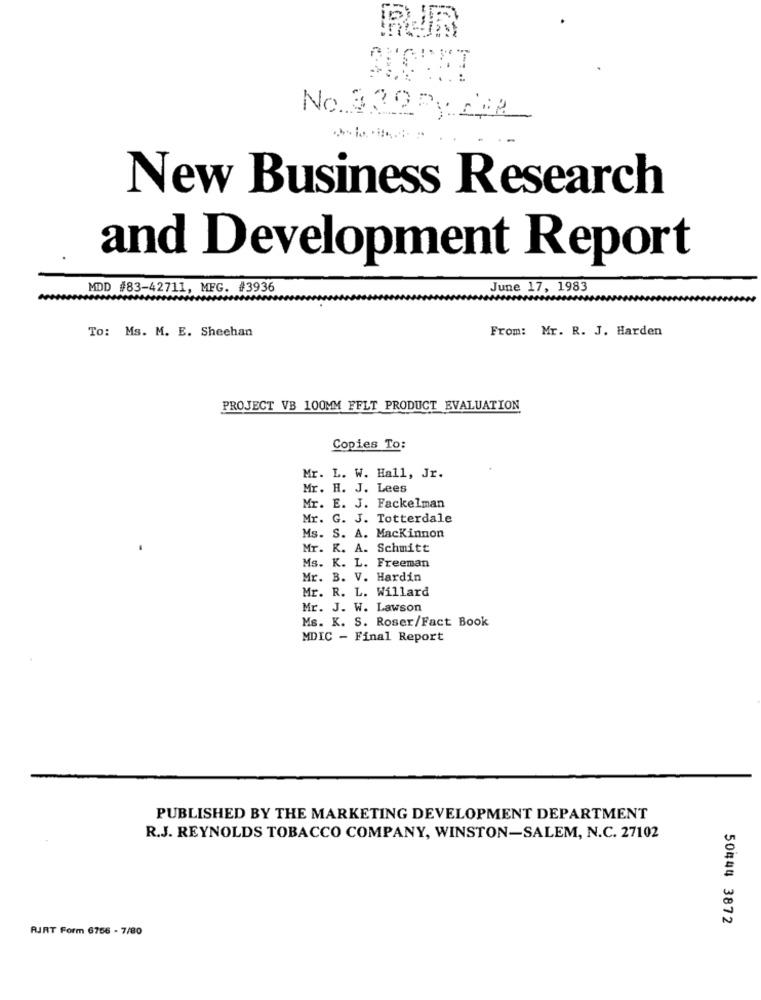
No. 332 Py CHA
New Business Research
and Development Report
MDD #83-42711, MFG. #3936
June 17, 1983
To: Ms. M. E. Sheehan
From: Mr. R. J. Harden
PROJECT VB 100MM FFLT PRODUCT EVALUATION
Copies To:
Mr. L. W. Hall, Jr.
Mr. H. J. Lees
Mr. E. J. Fackelman
Mr. G. J. Totterdale
Ms. S. A. Mackinnon
Mr. K. A. Schmitt
Ms. K. L. Freeman
Mr. B. V. Hardin
Mr. R. L. Willard
Mr. J. W. Lawson
Ms. K. S. Roser/Fact Book
MDIC - Final Report
PUBLISHED BY THE MARKETING DEVELOPMENT DEPARTMENT
R.J. REYNOLDS TOBACCO COMPANY, WINSTON-SALEM, N.C. 27102
50444 3872
FURT Form 6756 - 7/80